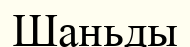
Шаньды